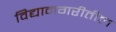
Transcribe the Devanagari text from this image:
विद्यानगरीतील